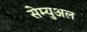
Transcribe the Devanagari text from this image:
सेम्‍युअल